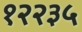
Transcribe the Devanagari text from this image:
१२२३५